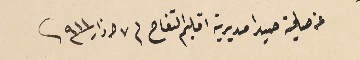
عن صلحية صيد ا مديرية اقليم التفاح فى ٧ اذار ٩١١